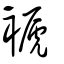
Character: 褫